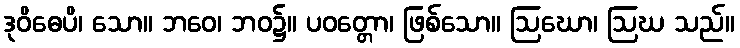
ဒုဝိဓေပိ၊ သော။ ဘဝေ၊ ဘဝ၌။ ပဝတ္တော၊ ဖြစ်သော။ ဩဃော၊ ဩဃ သည်။